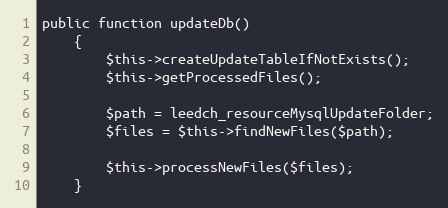
Language: PHP
public function updateDb()
    {
        $this->createUpdateTableIfNotExists();
        $this->getProcessedFiles();

        $path = leedch_resourceMysqlUpdateFolder;
        $files = $this->findNewFiles($path);

        $this->processNewFiles($files);
    }